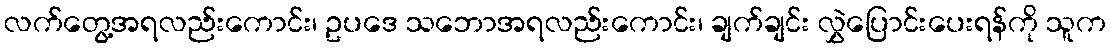
လက်တွေ့အရလည်းကောင်း၊ ဥပဒေ သဘောအရလည်းကောင်း၊ ချက်ချင်း လွှဲပြောင်းပေးရန်ကို သူက